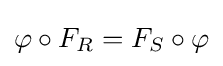
\varphi \circ F_{R}=F_{S}\circ \varphi